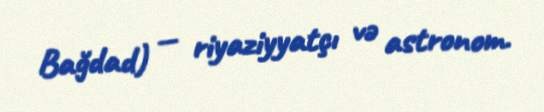
Bağdad) — riyaziyyatçı və astronom.